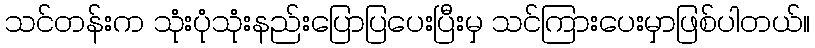
သင်တန်းက သုံးပုံသုံးနည်းပြောပြပေးပြီးမှ သင်ကြားပေးမှာဖြစ်ပါတယ်။